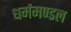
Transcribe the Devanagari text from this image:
धर्ममण्डल